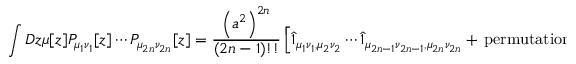
\int { \cal D } z \mu [ z ] { \cal P } _ { \mu _ { 1 } \nu _ { 1 } } [ z ] \cdots { \cal P } _ { \mu _ { 2 n } \nu _ { 2 n } } [ z ] = \frac { \left( a ^ { 2 } \right) ^ { 2 n } } { ( 2 n - 1 ) ! ! } \left[ \hat { 1 } _ { \mu _ { 1 } \nu _ { 1 } , \mu _ { 2 } \nu _ { 2 } } \cdots \hat { 1 } _ { \mu _ { 2 n - 1 } \nu _ { 2 n - 1 } , \mu _ { 2 n } \nu _ { 2 n } } + { \, } \mathrm { p e r m u t a t i o n s } { \, } \right] .